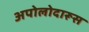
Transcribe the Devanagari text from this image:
अपोलोदारूस